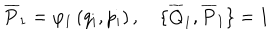
\overline { { { P } } } _ { 1 } = \varphi _ { 1 } \left( q _ { i } , p _ { i } \right) , \quad \{ \overline { { { Q } } } _ { 1 } , \overline { { { P } } } _ { 1 } \} = 1